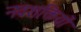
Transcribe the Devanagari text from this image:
नवशक्तियों